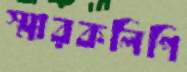
স্মারকলিপি